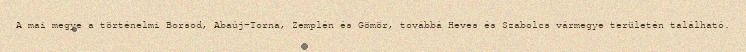
A mai megye a történelmi Borsod, Abaúj-Torna, Zemplén és Gömör, továbbá Heves és Szabolcs vármegye területén található.